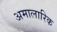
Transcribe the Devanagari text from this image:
अमालारिक